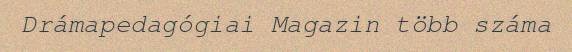
Drámapedagógiai Magazin több száma